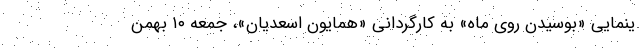
ینمایی «بوسیدن روی ماه» به کارگردانی «همایون اسعدیان»، جمعه ۱۰ بهمن